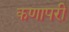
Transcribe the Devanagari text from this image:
कणापरी